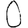
Digit: 0